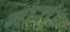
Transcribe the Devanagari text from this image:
गारांड